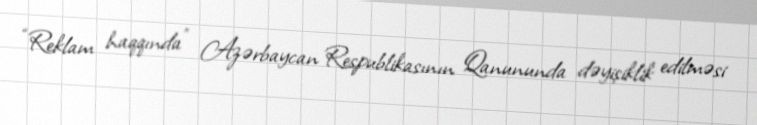
“Reklam haqqında” Azərbaycan Respublikasının Qanununda dəyişiklik edilməsi